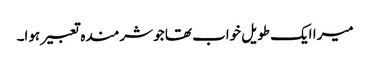
میرا ایک طویل خواب تھا جو شرمندہ تعبیر ہوا۔